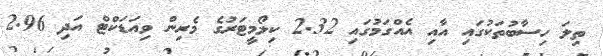
ތިލަ ހިސާބުތަކުގައި އާއި އެއްގަމުގައި 2.32 ކިލޯމީޓަރުގެ މެރިން ވިއަޑަކްޓް އަދި 2.96